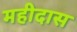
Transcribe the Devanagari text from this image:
महीदास